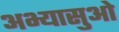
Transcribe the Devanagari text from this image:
अभ्यासुओ